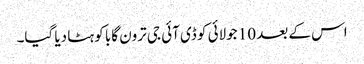
اس کے بعد 10 جولائی کو ڈی آئی جی ترون گابا کو ہٹا دیا گیا۔